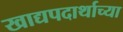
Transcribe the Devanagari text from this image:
खाद्यपदार्थाच्या